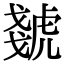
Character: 虦